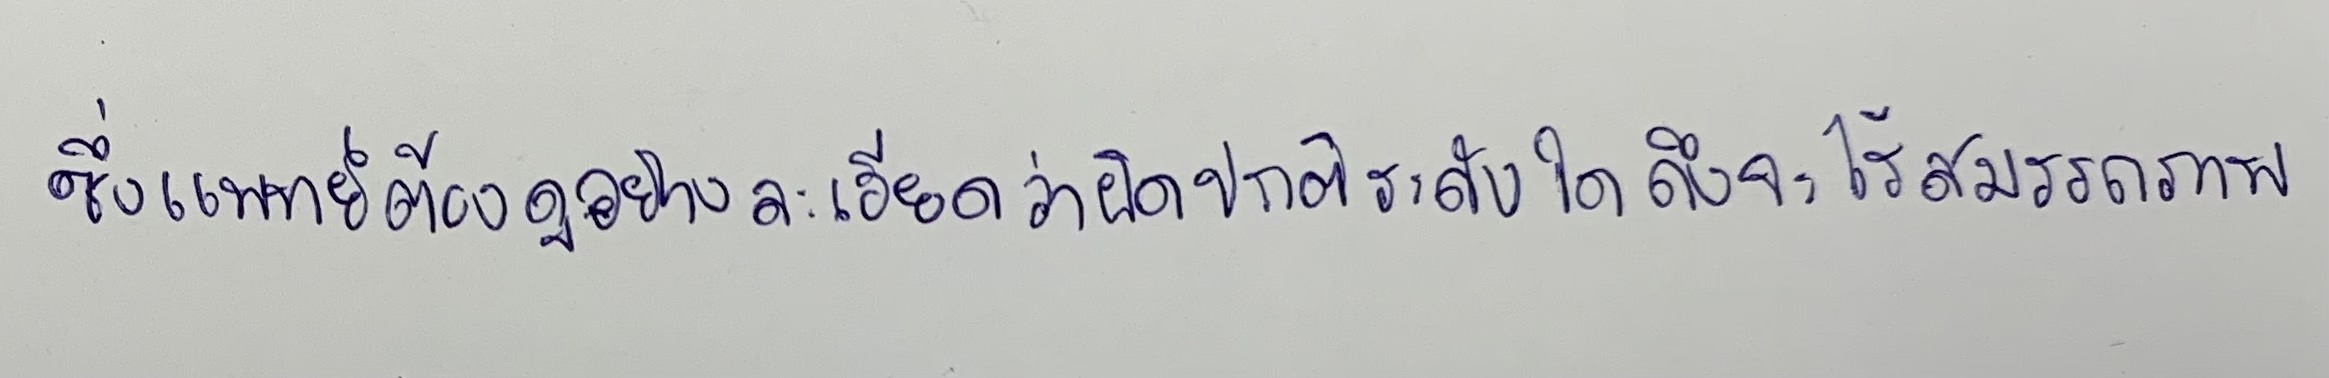
ซึ่งแพทย์ต้องดูอย่างละเอียดว่าผิดปกติระดับใดถึงจะไร้สมรรถภาพ